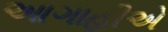
આગાહીએ